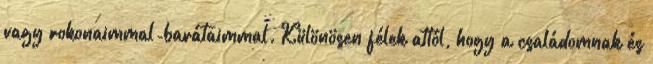
vagy rokonaimmal-barátaimmal. Különösen félek attól, hogy a családomnak és